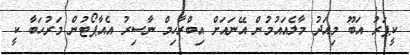
ކީޕަރު އަބޫ މިއަދު މާލެއައުމުން އޭނައަށް އިބްރާހިމް ނާސިރު އެއާޕޯޓުން މަރުހަބާ ކީ